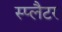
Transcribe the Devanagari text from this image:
स्प्लैटर